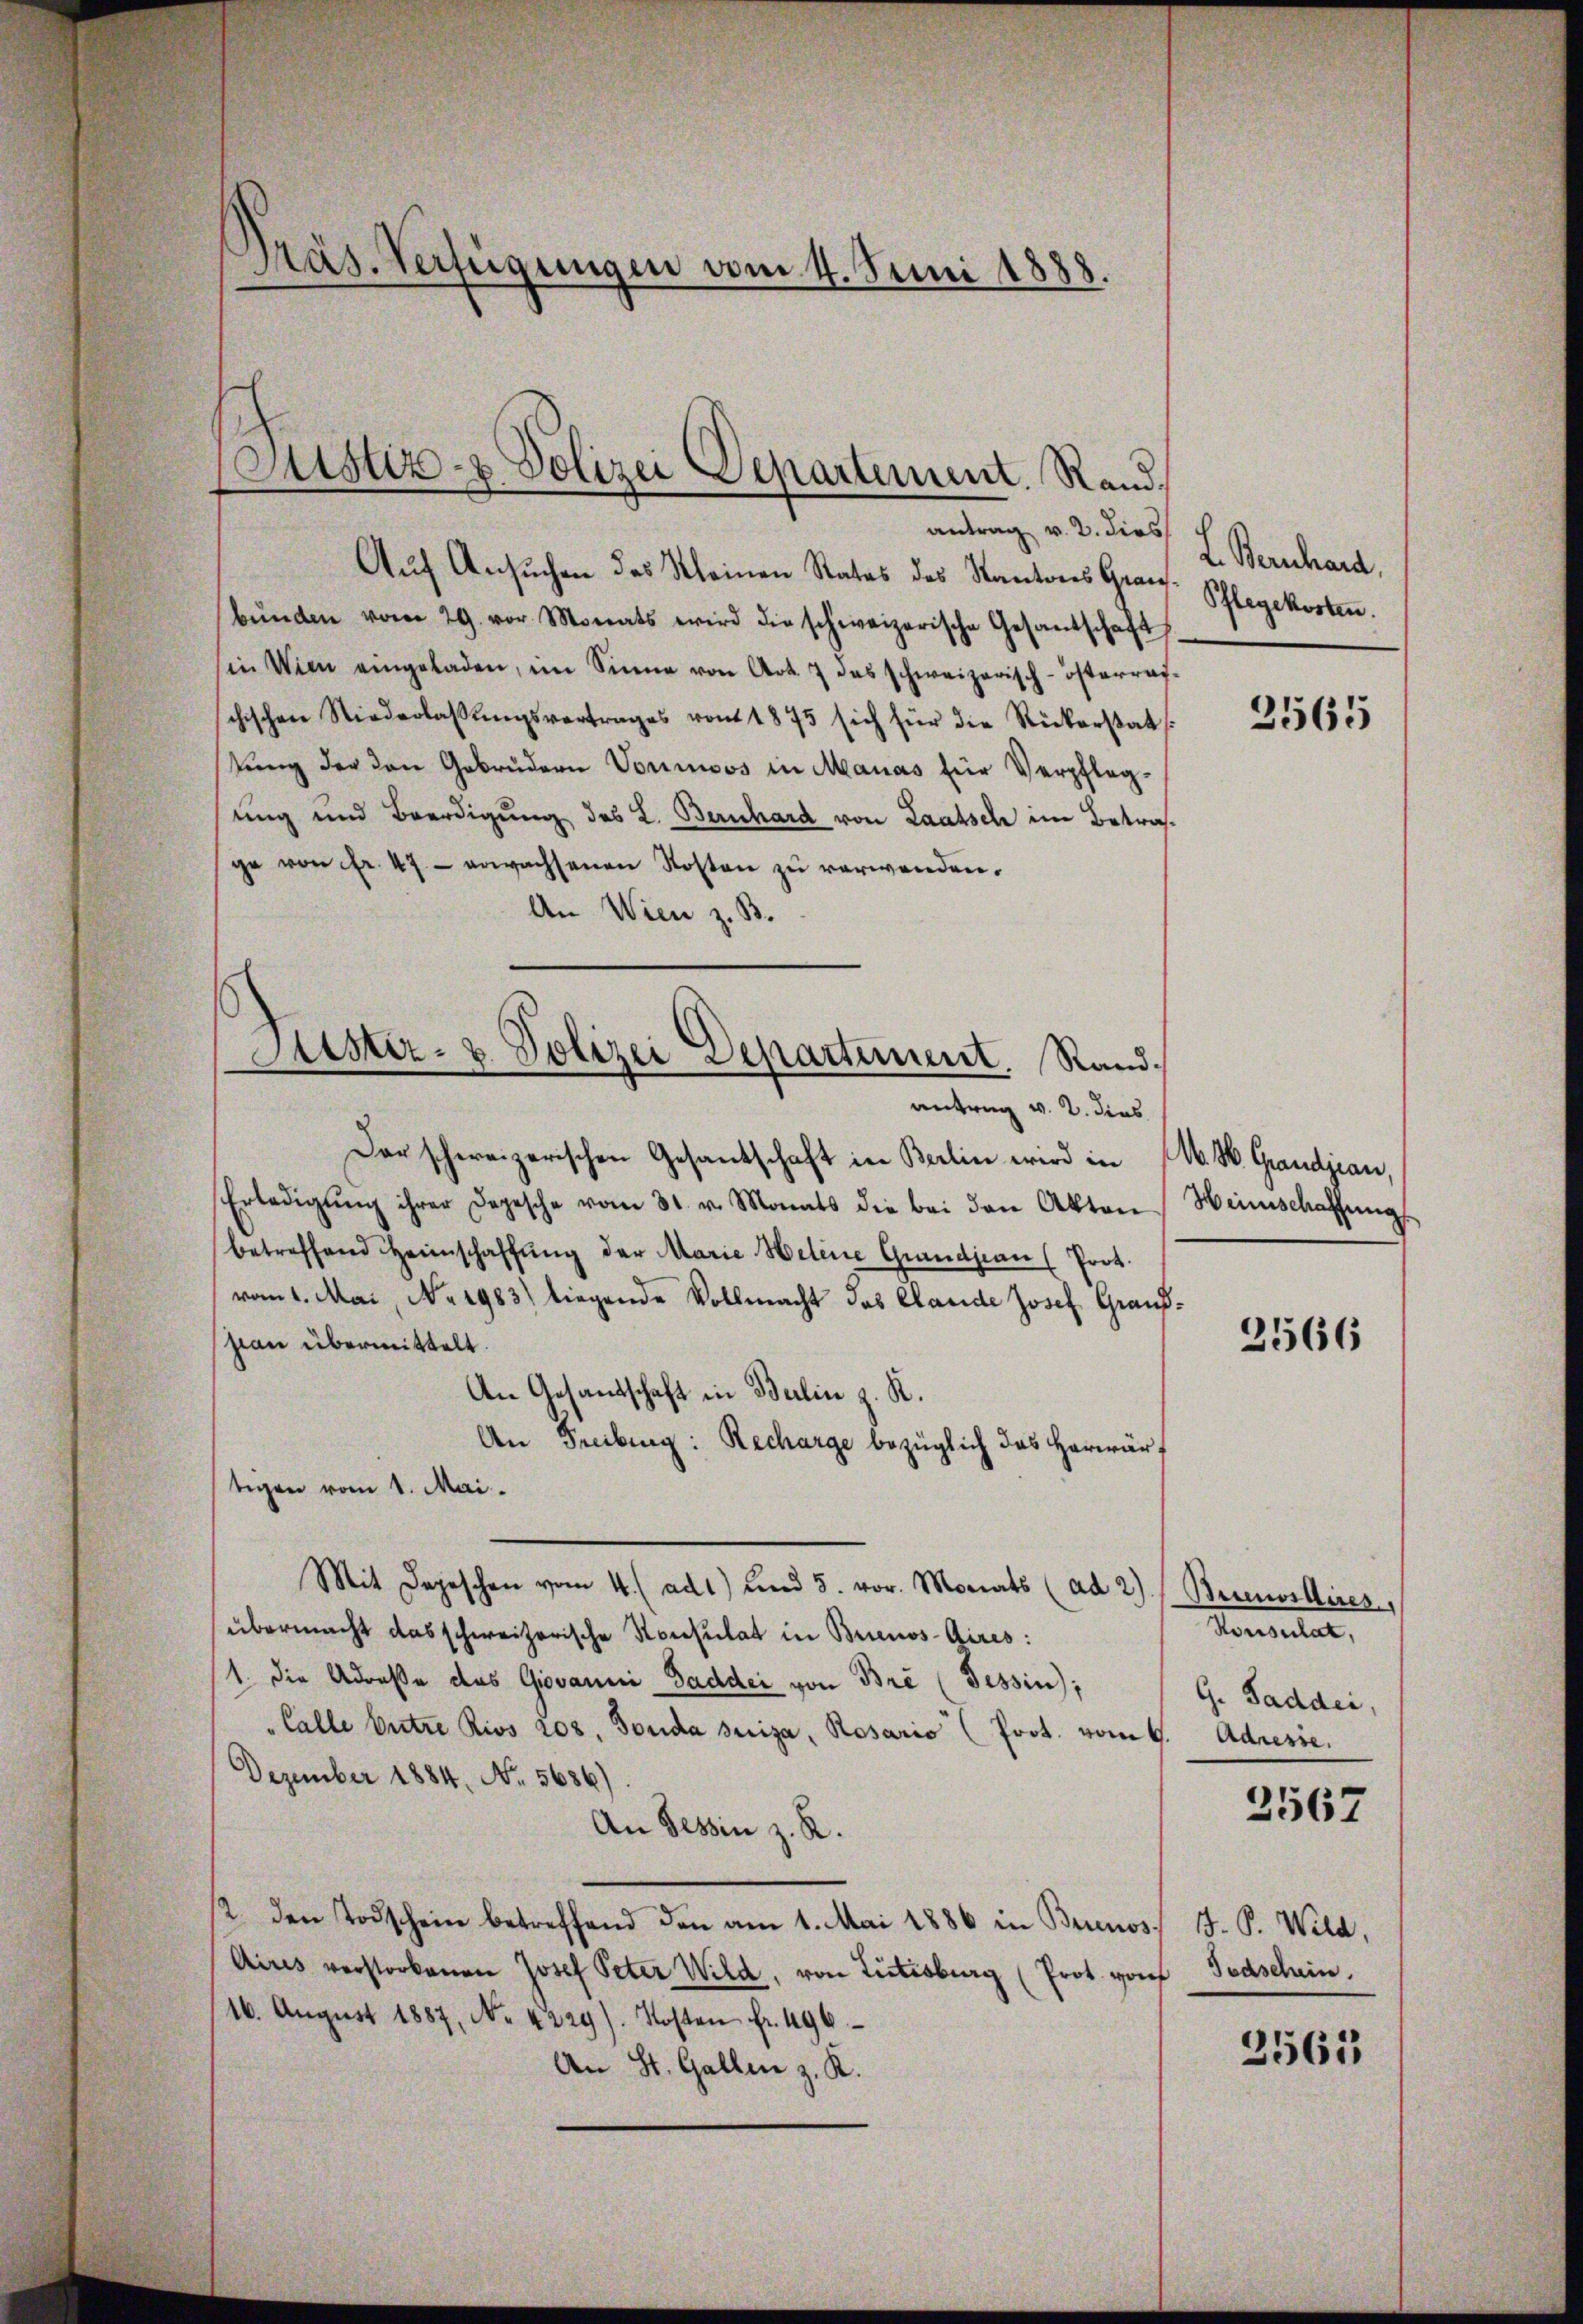
Präs. Verfügungen vom 4. Juni 1888.

Justiz- & Polizei Departement. Randantrag v. 2. dies

Auf Ansuchen des Kleinen Rates des Kantons Graubŭnden vom 29. vor Monats wird die schweizerische Gesandschaft
in Wien eingeladen, im Sinne von Art. 7 das schweizerisch-österraf-
chischen Niederlassŭngsvertrages von 1875 sich für die Rükerstats
tŭng der den Gebrüdern Vorinos in Manas für Verpfleg-
uung und Beerdigung des L. Bernhard von Lautsch im Betrage von fr. 47. erwachsenen Kosten zŭ verwenden.
An Wien z. B.
Der schweizerischen Gesandschaft in Berlin wird in M. M. Grandjean,
Erledigŭng ihrer Depesche vom 31. v. Monats die bei den Akten Heinschaffungs
betreffend Heimschaffŭng der Marie Helene Grandjean (Prok.
vom 1. Mai, No. 1983) liegende Vollmacht das Clande Josef Grandsian übermittelt.
An Gesandtschaft in Berlin z. R.
An Freiburg: Recharge bezüglich das Herwärtigen vom 1. Mai.
Mit Depeschen vom 4. (ad 1) und 5. vor. Monats (ad 2) Bernostires,
übermacht das schweizerische Konsulat in Brienos-Aires:
1. die Adresse des Giovanni Saddei von Bre (Tessin;
"Calle Entre Rivs 208, Sonda suiza, Rosario (Prot. vom 6. Adresse.
Dezember 1884, No. 5686).
An Tessin z. R.
12. den Todschein betreffend den am 1. Mai 1886 in Buenos
Aires verstorbenen Josef Peter Wild, von Listesburg (Prot. vorf
16. Aŭgŭst 1887, No. 4229). Kosten fr. 496
An St. Gallen z. K.

Puster- u. Polizei Departement. Stand.
antrag v. 2. dies

L. Bernhard,
Pflegekosten.

3565

2566

Tonsulat,
G. Saddei,
3567

J. P. Wild,
Jochschein.

3561